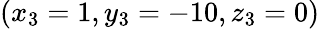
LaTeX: (x_{3}=1,y_{3}=-10,z_{3}=0)